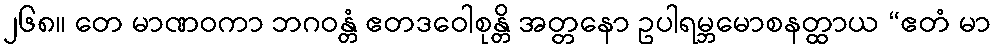
၂၆၈။ တေ မာဏဝကာ ဘဂဝန္တံ ဧတဒဝေါစုန္တိ အတ္တနော ဥပါရမ္ဘမောစနတ္ထာယ “ဧတံ မာ